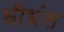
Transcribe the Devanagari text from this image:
धीभ्रंश